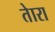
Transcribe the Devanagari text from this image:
तेारा